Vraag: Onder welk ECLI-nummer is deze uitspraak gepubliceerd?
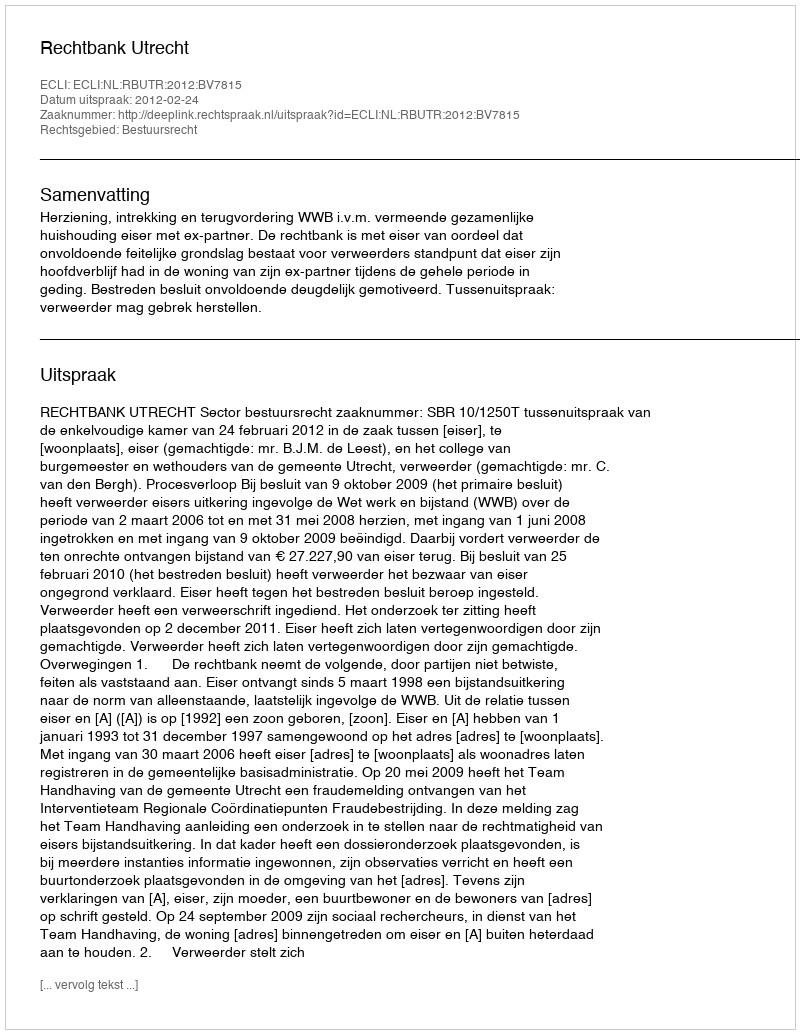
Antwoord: ECLI:NL:RBUTR:2012:BV7815